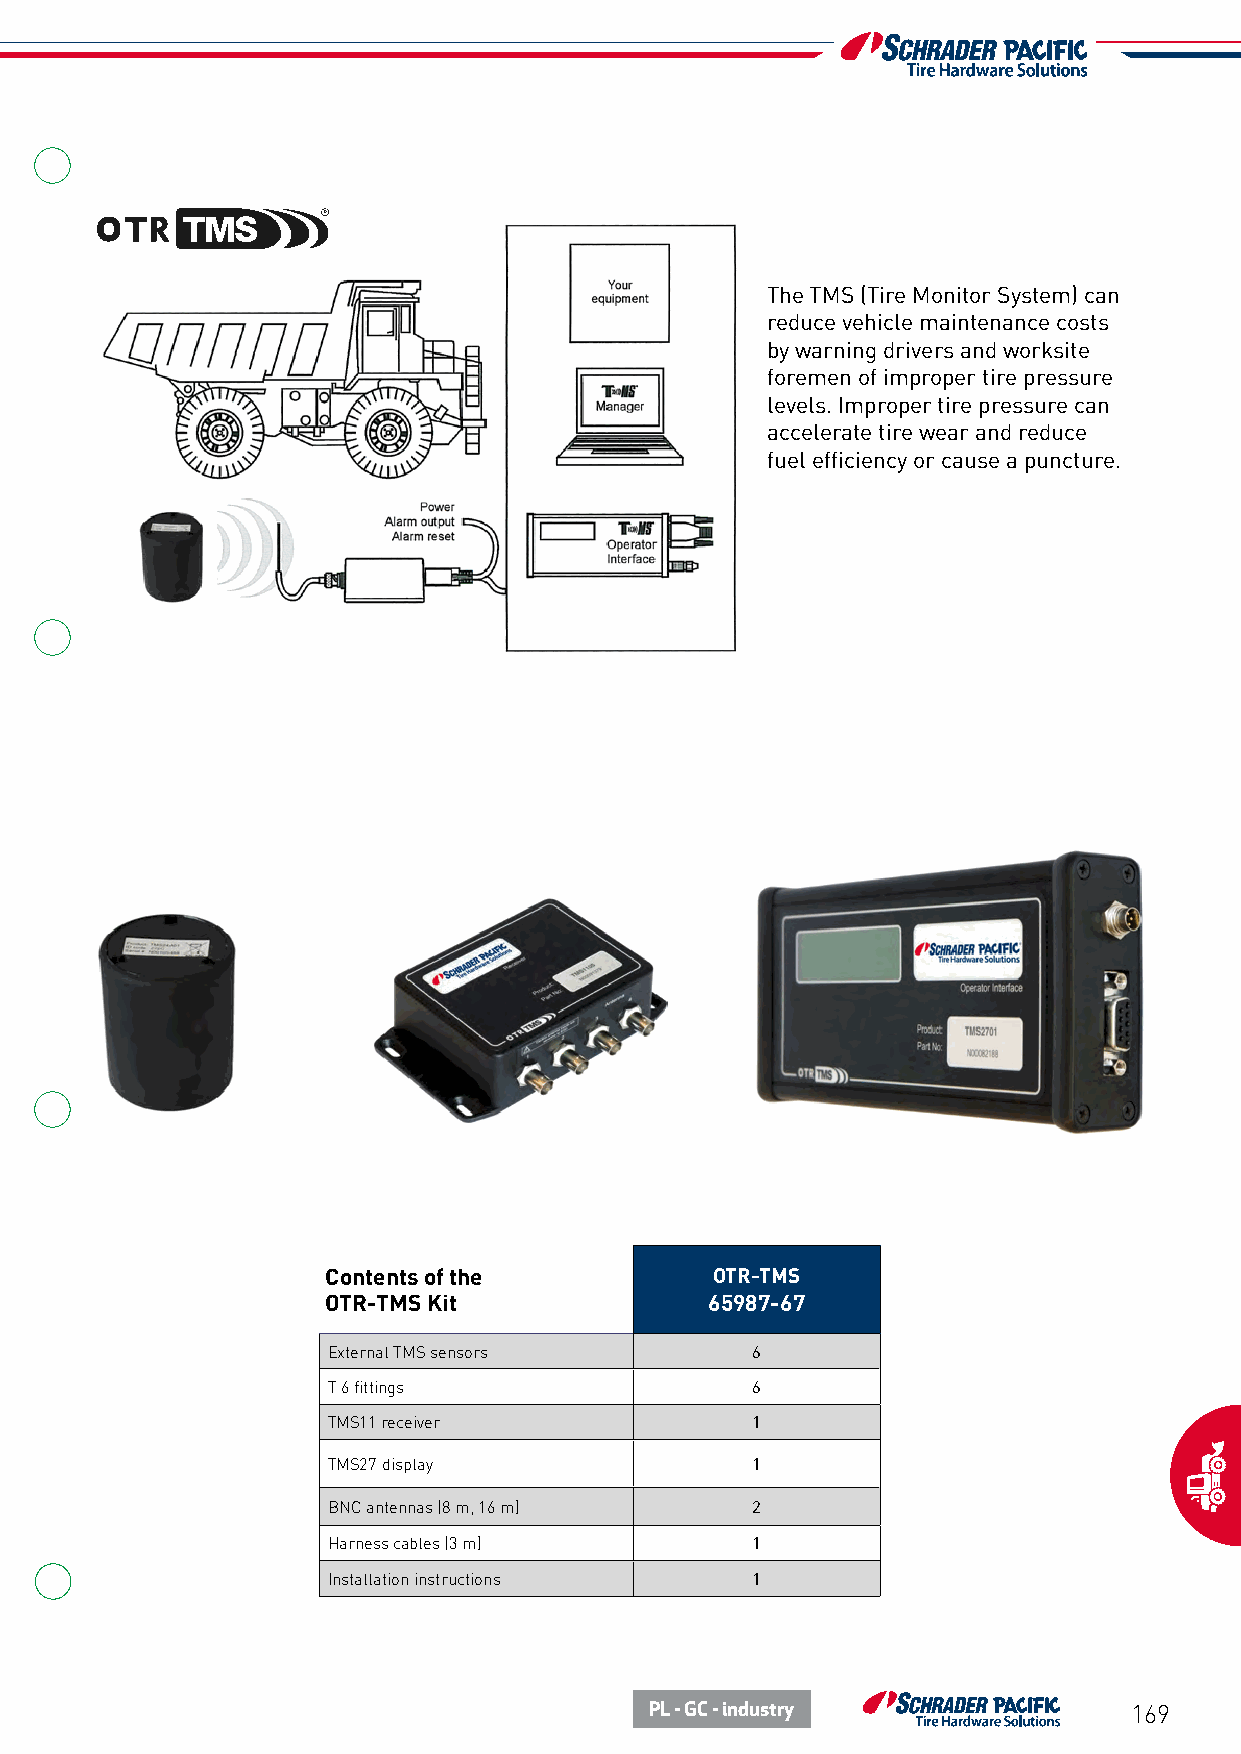
The TMS (Tire Monitor System) can
 reduce vehicle maintenance costs
 by warning drivers and worksite
 foremen of improper tire pressure
 levels. Improper tire pressure can
 accelerate tire wear and reduce
 fuel efficiency or cause a puncture.
 Contents of the          OTR-TMS
 OTR-TMS Kit              65987-67
 External TMS sensors        6
 T 6 fittings                6
 TMS11 receiver              1
 TMS27 display               1
 BNC antennas (8 m, 16 m)    2
 Harness cables (3 m)        1
 Installation instructions   1
 PL - GC - industry              169